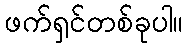
ဖက်ရှင်တစ်ခုပါ။